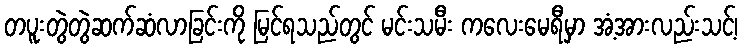
တပူးတွဲတွဲဆက်ဆံလာခြင်းကို မြင်ရသည်တွင် မင်းသမီး ကလေးမေရီမှာ အံ့အားလည်းသင့်၊